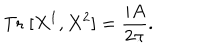
\mathrm { T r } \; [ X ^ { 1 } , X ^ { 2 } ] = \frac { i A } { 2 \pi } .